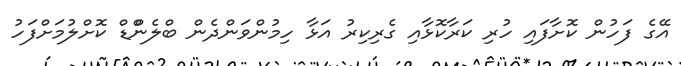
އޭގެ ފަހުން ކޮށާފައި ހުރި ކަރާކޮޅާއި ގެރިކިރު އަޅާ ހިމުންވަންދެން ބްލެންްޑް ކޮށްލުމަށްފަހު